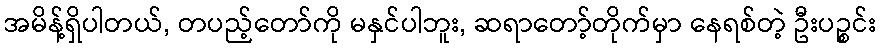
အမိန့်ရှိပါတယ်, တပည့်တော်ကို မနှင်ပါဘူး, ဆရာတော့်တိုက်မှာ နေရစ်တဲ့ ဦးပဉ္စင်း